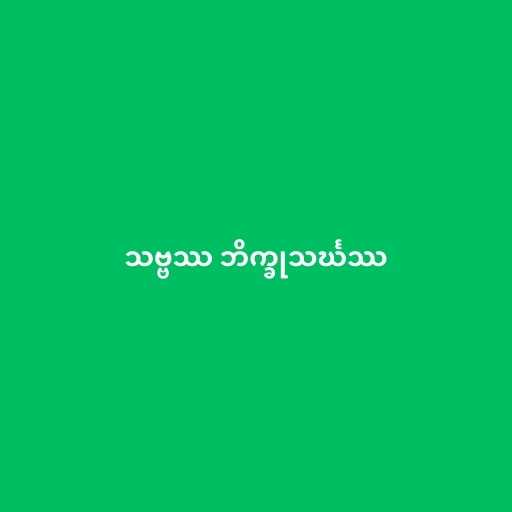
သဗ္ဗဿ ဘိက္ခုသင်္ဃဿ